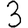
Digit: 3